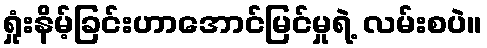
ရှုံးနိမ့်ခြင်းဟာအောင်မြင်မှုရဲ့ လမ်းစပဲ။